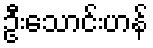
ဦးသောင်းဟန်